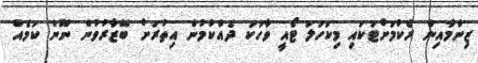
ޒިންމާއިން ރެކުމަށްޓަކައި މިކަހަލަ ޓޯއީ ވާހަކަ ދެއްކުމުން އިތުރަށް ބޭޒާރުވުން ނޫން ކަމެއް